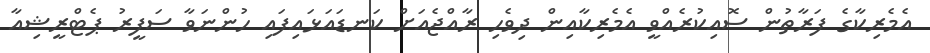
އެމެރިކާގެ ފަރާތުން ސޮއިކުރެއްވީ އެމެރިކާއިން ދިވެހި ރާއްޖެއަށް ކަނޑައަޅައިފައި ހުންނަވާ ސަފީރު ޕެޓްރީޝިއާ